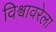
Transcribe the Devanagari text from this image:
विश्वावरेला